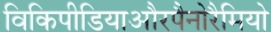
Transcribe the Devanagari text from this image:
विकिपीडियाऔरपैनोरैमियो